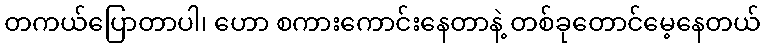
တကယ်ပြောတာပါ၊ ဟော စကားကောင်းနေတာနဲ့ တစ်ခုတောင်မေ့နေတယ်